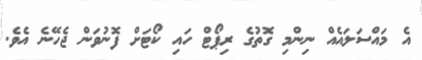
އެ މައްސަލައެއް ނިންމި ގޮތުގެ ރިޕޯޓް ހައި ކޯޓަށް ފޮނުވަން ޖެހޭނެ އެވެ.